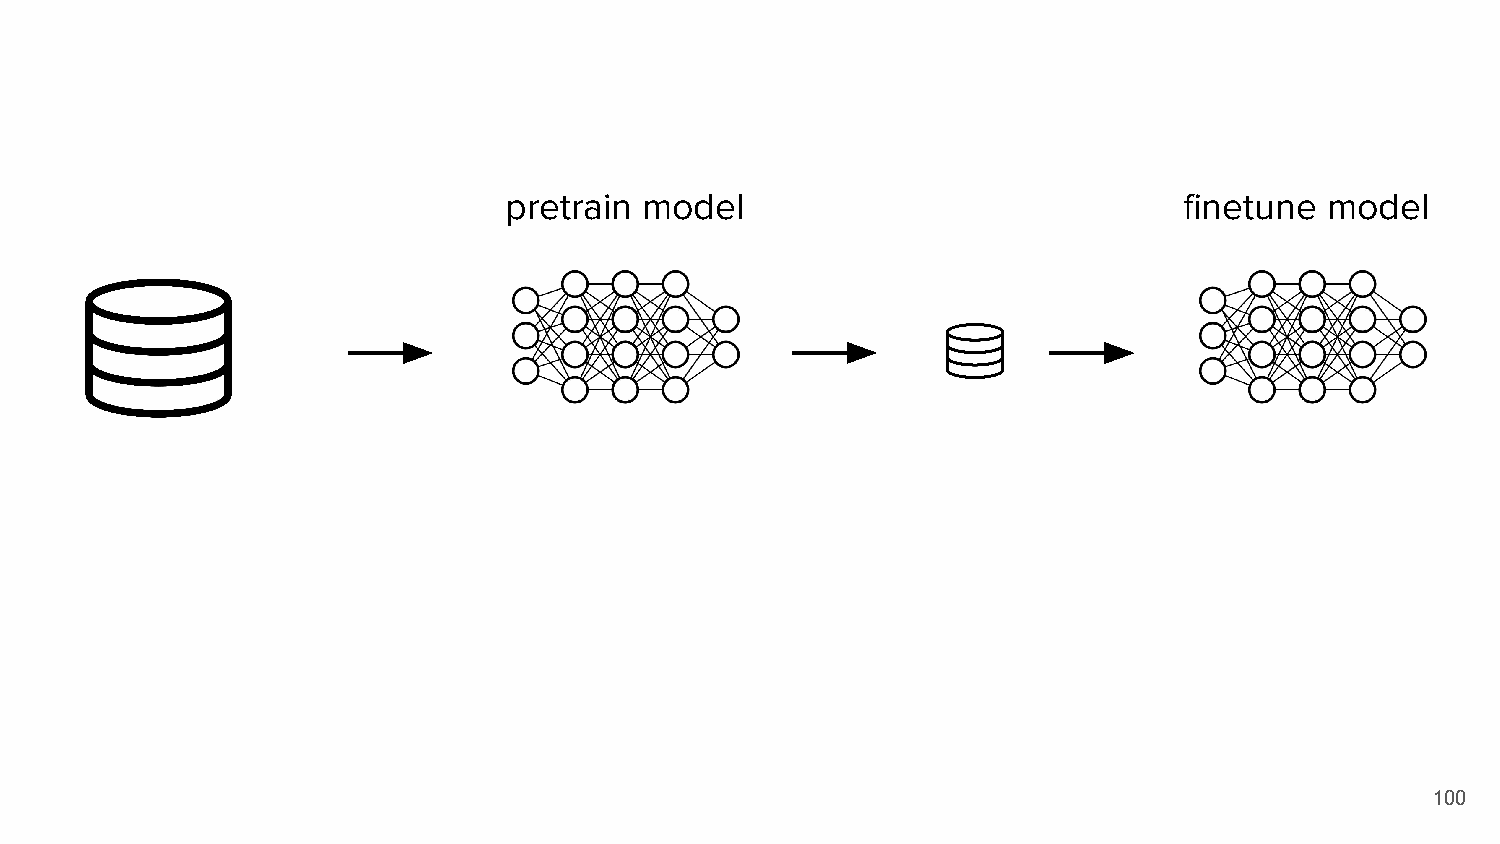
pretrain  model                              finetune  model
 100